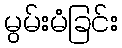
မွမ်းမံခြင်း